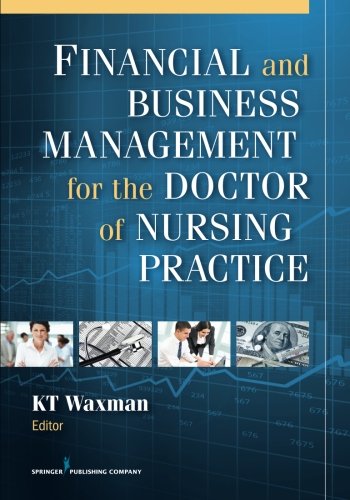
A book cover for Financial and Business Management for the Doctor of Nursing Practice; Medical Books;